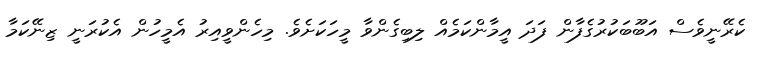
ކެރޭނީވެސް އަބޫބަކުރުގެފާން ފަދަ އީމާންކަމެއް ލިބިގެންވާ މީހަކަށެވެ. މިހެންވީއިރު އެމީހުން އެކުރަނީ ޒިނޭކަމާ